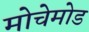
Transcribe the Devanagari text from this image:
मोचेमोड